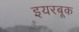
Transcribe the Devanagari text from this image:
इयरबूक